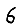
Digit: 6